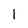
Character: 1